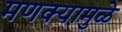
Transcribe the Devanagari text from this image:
मणक्यामुळे